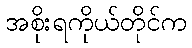
အစိုးရကိုယ်တိုင်က